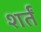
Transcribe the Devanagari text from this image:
शर्तं